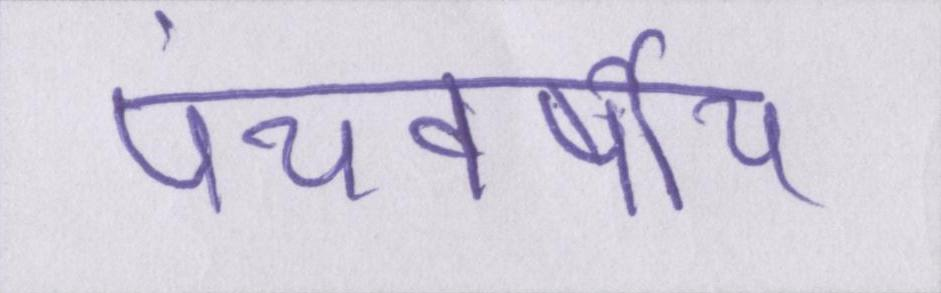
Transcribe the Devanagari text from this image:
पंचवर्षीय